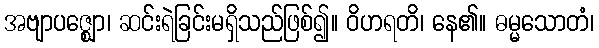
အဗျာပဇ္ဈော၊ ဆင်းရဲခြင်းမရှိသည်ဖြစ်၍။ ဝိဟရတိ၊ နေ၏။ ဓမ္မသောတံ၊